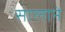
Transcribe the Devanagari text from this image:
सालाने